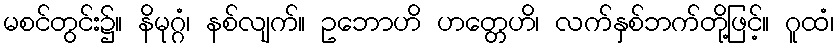
မစင်တွင်း၌။ နိမုဂ္ဂံ၊ နစ်လျက်။ ဥဘောဟိ ဟတ္တေဟိ၊ လက်နှစ်ဘက်တို့ဖြင့်။ ဂူထံ၊